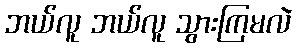
ဘယ်လူ ဘယ်လူ သွားကြမလဲ